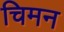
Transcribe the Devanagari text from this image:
चिमन